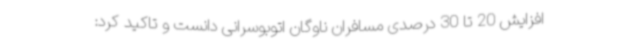
افزایش 20 تا 30 درصدی مسافران ناوگان اتوبوسرانی دانست و تاکید کرد: